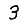
Digit: 3